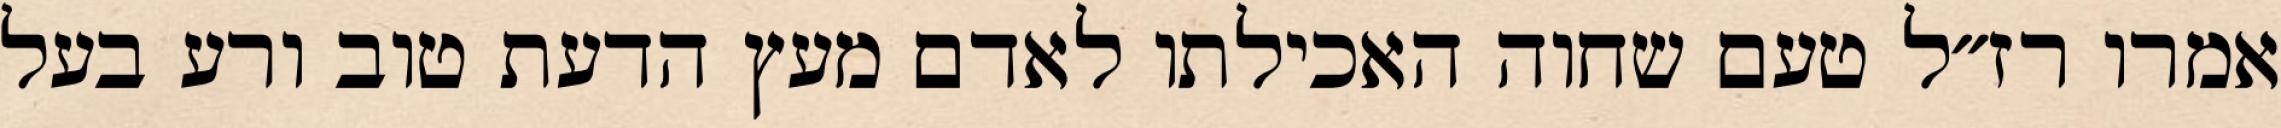
אמרו רז״ל טעם שחוה האכילתו לאדם מעץ הדעת טוב ורע בעל